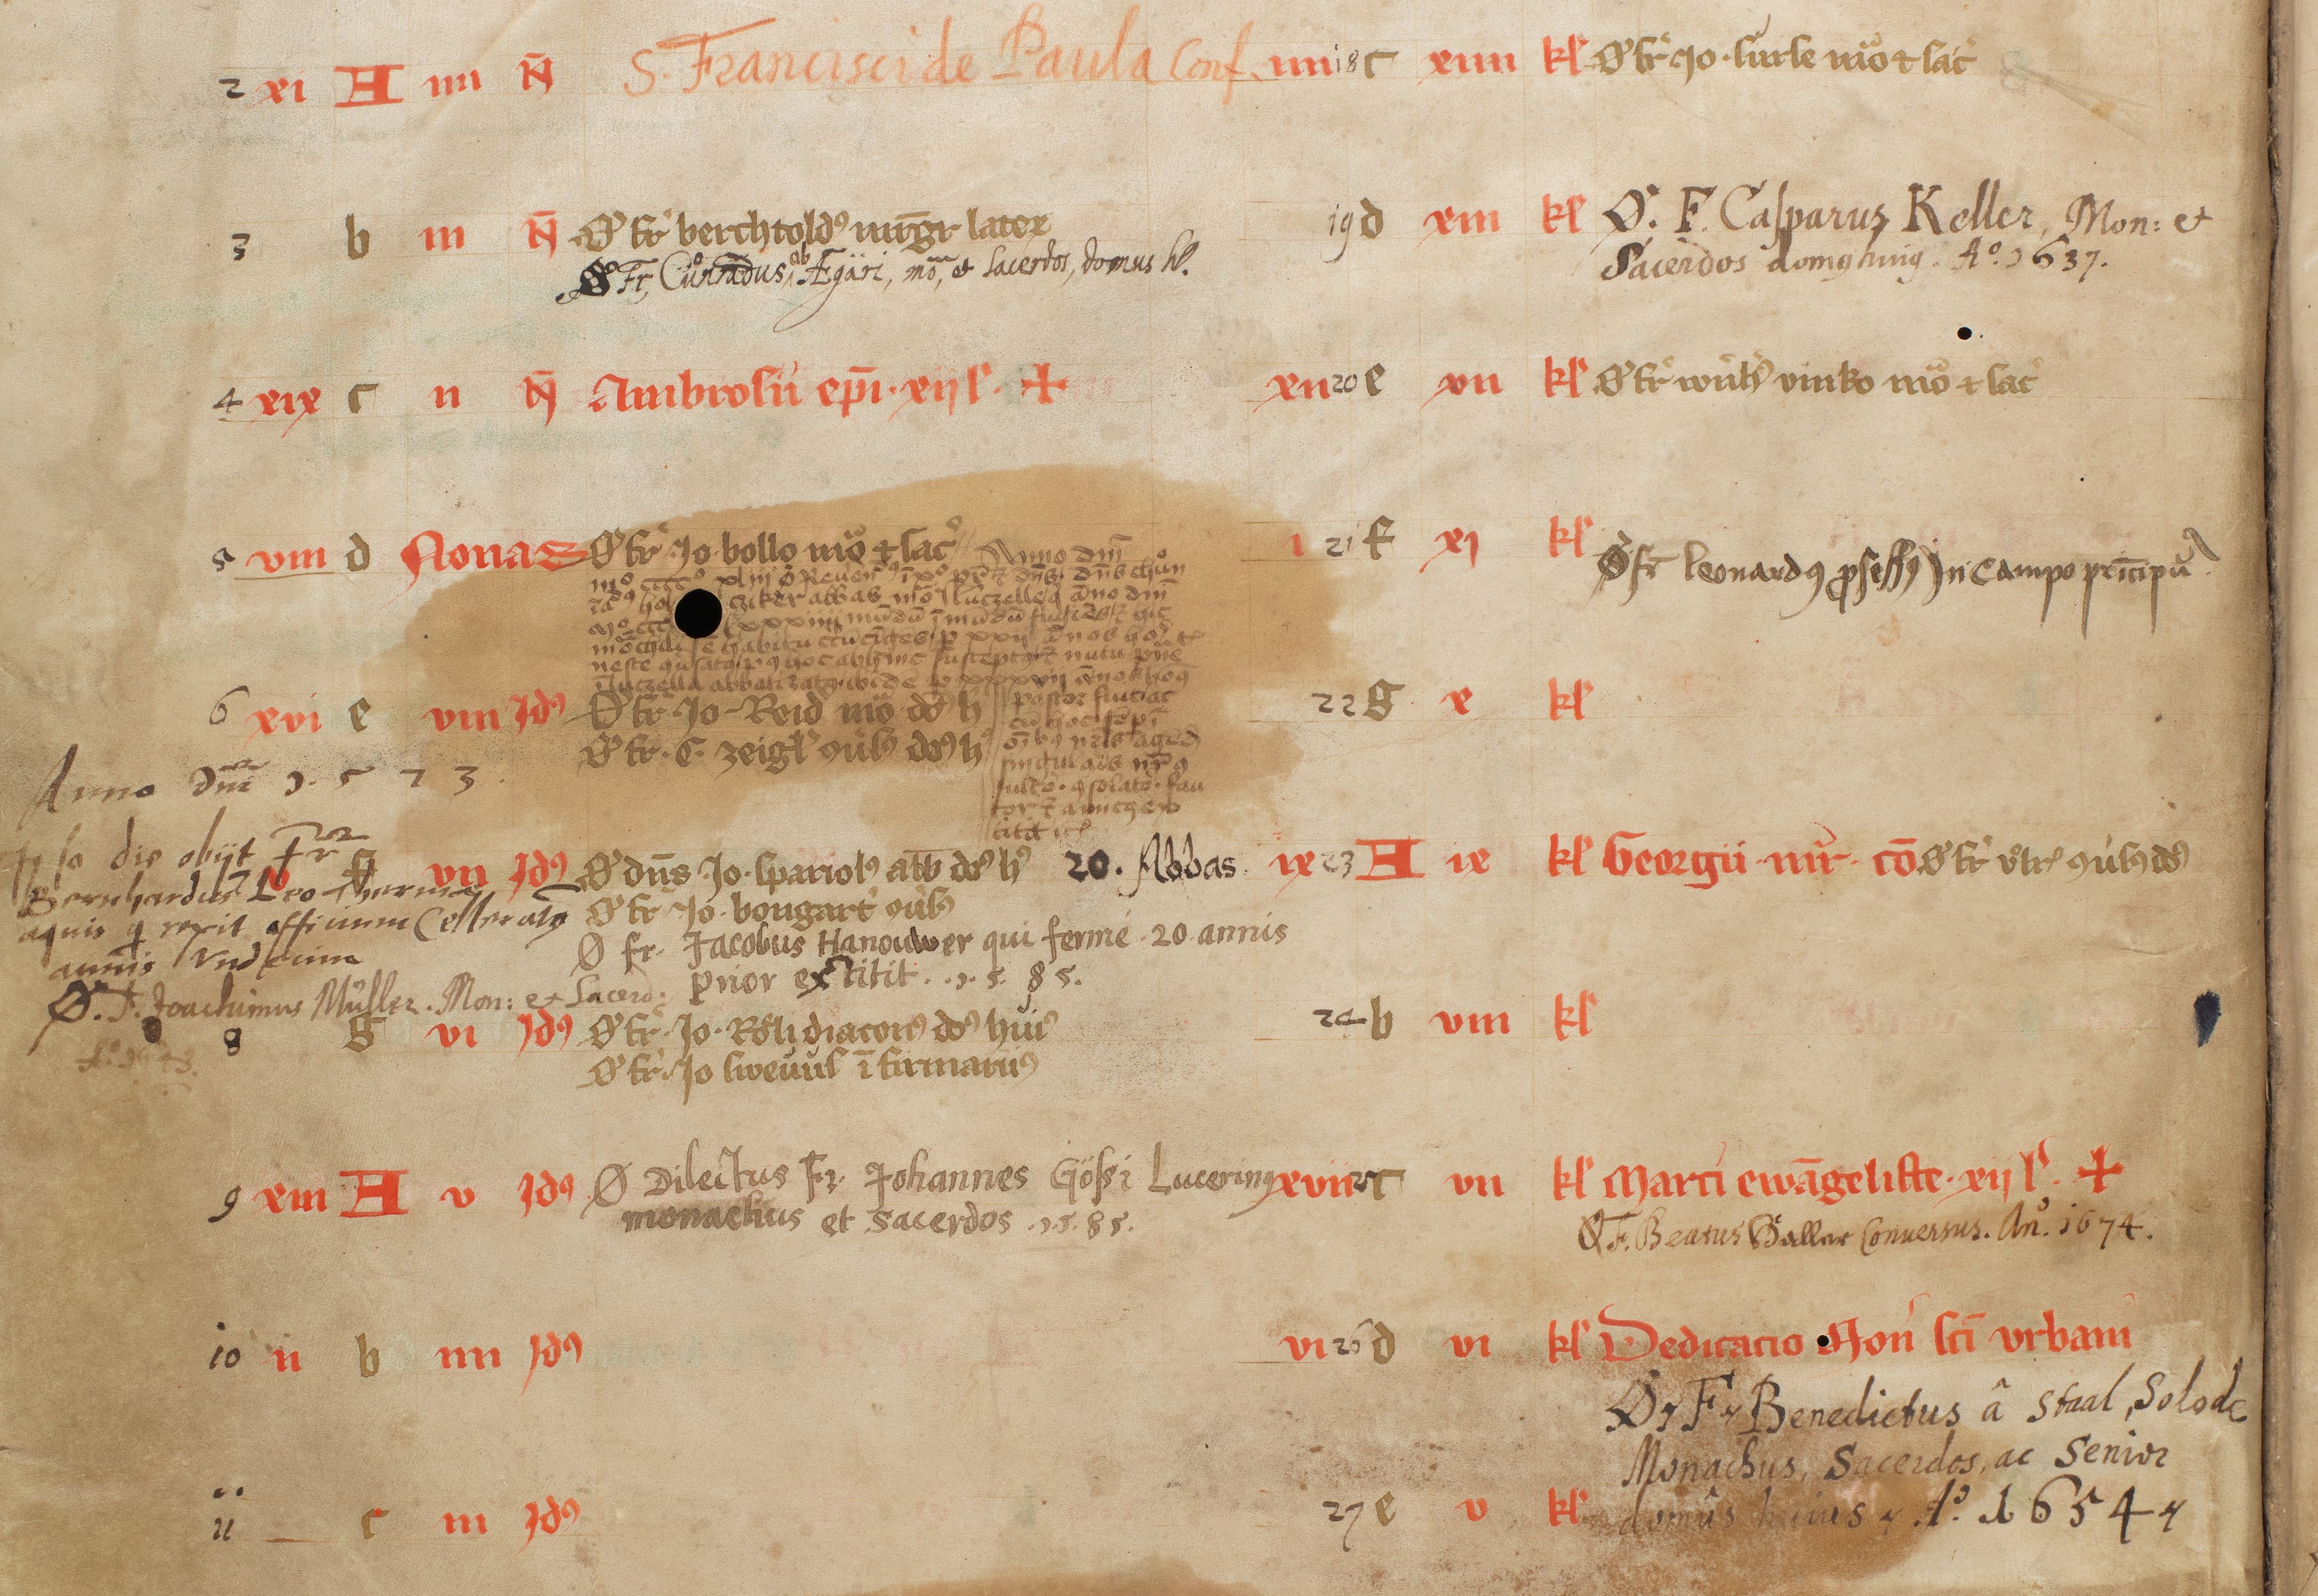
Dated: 1400–1430